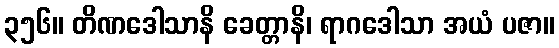
၃၅၆။ တိဏဒေါသာနိ ခေတ္တာနိ၊ ရာဂဒေါသာ အယံ ပဇာ။